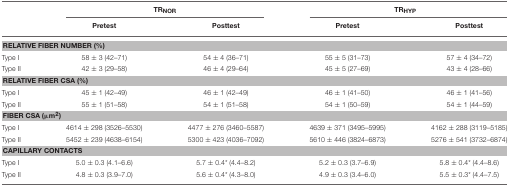
<table><thead><tr><td></td><td colspan="2"><b>TR<sub>NOR</sub></b></td><td colspan="2"><b>TR<sub>HYP</sub></b></td></tr><tr><td></td><td><b>Pretest</b></td><td><b>Posttest</b></td><td><b>Pretest</b></td><td><b>Posttest</b></td></tr></thead><tbody><tr><td colspan="5"><b>RELATIVE FIBER NUMBER (%)</b></td></tr><tr><td>Type I</td><td>58 ± 3 (42–71)</td><td>54 ± 4 (36–71)</td><td>55 ± 5 (31–73)</td><td>57 ± 4 (34–72)</td></tr><tr><td>Type II</td><td>42 ± 3 (29–58)</td><td>46 ± 4 (29–64)</td><td>45 ± 5 (27–69)</td><td>43 ± 4 (28–66)</td></tr><tr><td colspan="5"><b>RELATIVE FIBER CSA (%)</b></td></tr><tr><td>Type I</td><td>45 ± 1 (42–49)</td><td>46 ± 1 (42–49)</td><td>46 ± 1 (41–50)</td><td>46 ± 1 (41–56)</td></tr><tr><td>Type II</td><td>55 ± 1 (51–58)</td><td>54 ± 1 (51–58)</td><td>54 ± 1 (50–59)</td><td>54 ± 1 (44–59)</td></tr><tr><td colspan="5"><b>FIBER CSA (</b>μ<b>m</b><sup>2</sup><b>)</b></td></tr><tr><td>Type I</td><td>4614 ± 298 (3526–5530)</td><td>4477 ± 276 (3460–5587)</td><td>4639 ± 371 (3495–5995)</td><td>4162 ± 288 (3119–5185)</td></tr><tr><td>Type II</td><td>5452 ± 239 (4638–6154)</td><td>5300 ± 423 (4036–7092)</td><td>5610 ± 446 (3824–6873)</td><td>5276 ± 541 (3732–6874)</td></tr><tr><td colspan="5"><b>CAPILLARY CONTACTS</b></td></tr><tr><td>Type I</td><td>5.0 ± 0.3 (4.1–6.6)</td><td>5.7 ± 0.4<sup>*</sup> (4.4–8.2)</td><td>5.2 ± 0.3 (3.7–6.9)</td><td>5.8 ± 0.4<sup>*</sup> (4.4–8.6)</td></tr><tr><td>Type II</td><td>4.8 ± 0.3 (3.9–7.0)</td><td>5.6 ± 0.4<sup>*</sup> (4.3–8.0)</td><td>4.9 ± 0.3 (3.4–6.0)</td><td>5.5 ± 0.3<sup>*</sup> (4.4–7.5)</td></tr></tbody></table>